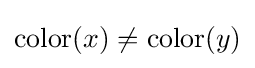
\mathrm {color} (x)\neq \mathrm {color} (y)